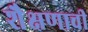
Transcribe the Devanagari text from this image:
शैक्षणाची